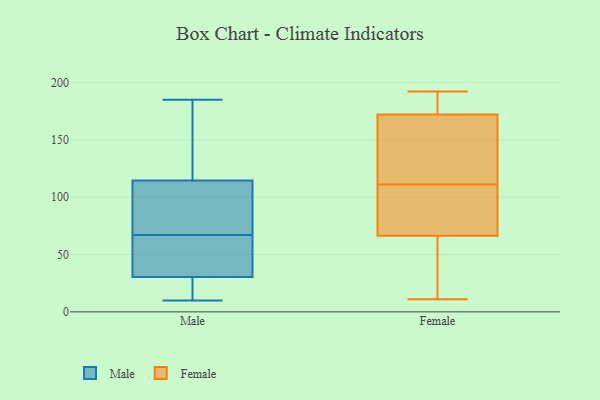
{"axis": {"x": "Temperature (°C)", "y": "Value"}, "legend": ["Female", "Male"], "data": [{"x": "", "y": 131, "type": "Male"}, {"x": "", "y": 185, "type": "Male"}, {"x": "", "y": 59, "type": "Male"}, {"x": "", "y": 110, "type": "Male"}, {"x": "", "y": 19, "type": "Male"}, {"x": "", "y": 110, "type": "Male"}, {"x": "", "y": 116, "type": "Male"}, {"x": "", "y": 29, "type": "Male"}, {"x": "", "y": 67, "type": "Male"}, {"x": "", "y": 35, "type": "Male"}, {"x": "", "y": 10, "type": "Male"}, {"x": "", "y": 179, "type": "Female"}, {"x": "", "y": 76, "type": "Female"}, {"x": "", "y": 54, "type": "Female"}, {"x": "", "y": 160, "type": "Female"}, {"x": "", "y": 102, "type": "Female"}, {"x": "", "y": 63, "type": "Female"}, {"x": "", "y": 11, "type": "Female"}, {"x": "", "y": 176, "type": "Female"}, {"x": "", "y": 76, "type": "Female"}, {"x": "", "y": 177, "type": "Female"}, {"x": "", "y": 13, "type": "Female"}, {"x": "", "y": 44, "type": "Female"}, {"x": "", "y": 111, "type": "Female"}, {"x": "", "y": 149, "type": "Female"}, {"x": "", "y": 92, "type": "Female"}, {"x": "", "y": 191, "type": "Female"}, {"x": "", "y": 192, "type": "Female"}, {"x": "", "y": 155, "type": "Female"}, {"x": "", "y": 135, "type": "Female"}]}